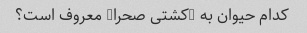
کدام حیوان به "کشتی صحرا" معروف است؟